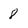
Character: 8